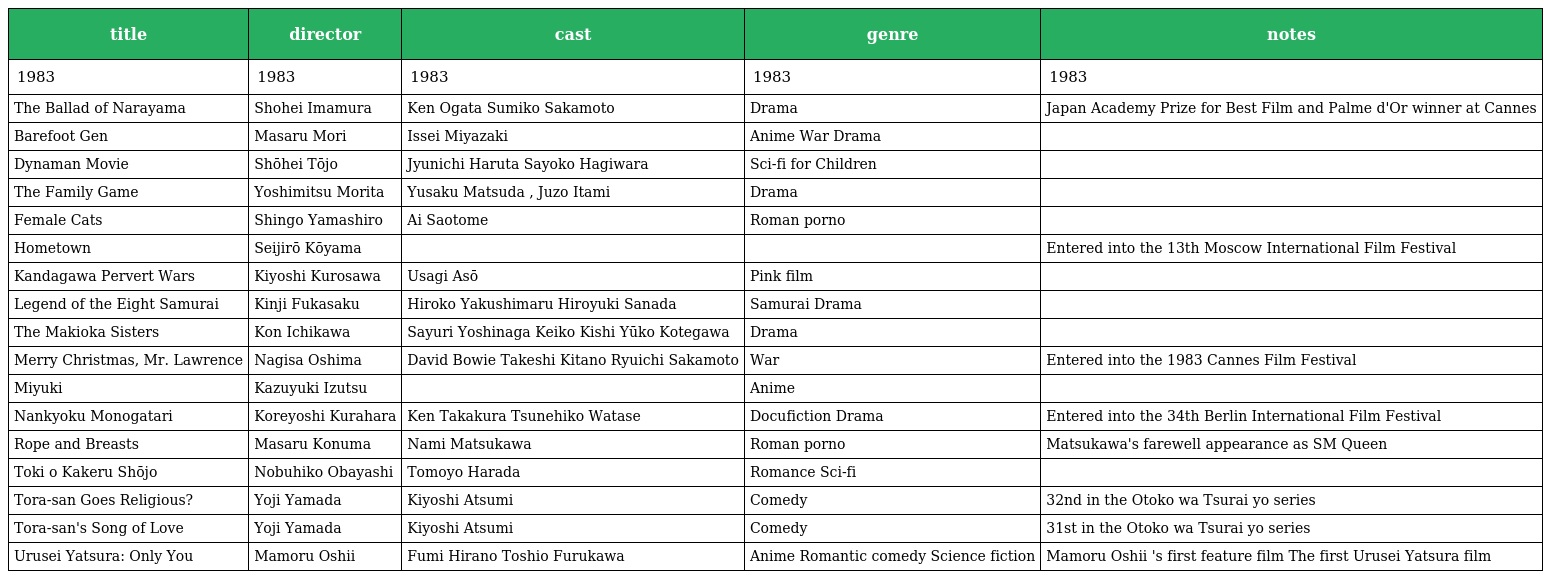
| title | director | cast | genre | notes |
 | --- | --- | --- | --- | --- |
 | 1983 | 1983 | 1983 | 1983 | 1983 |
 | The Ballad of Narayama | Shohei Imamura | Ken Ogata Sumiko Sakamoto | Drama | Japan Academy Prize for Best Film and Palme d'Or winner at Cannes |
 | Barefoot Gen | Masaru Mori | Issei Miyazaki | Anime War Drama |  |
 | Dynaman Movie | Shōhei Tōjo | Jyunichi Haruta Sayoko Hagiwara | Sci-fi for Children |  |
 | The Family Game | Yoshimitsu Morita | Yusaku Matsuda , Juzo Itami | Drama |  |
 | Female Cats | Shingo Yamashiro | Ai Saotome | Roman porno |  |
 | Hometown | Seijirō Kōyama |  |  | Entered into the 13th Moscow International Film Festival |
 | Kandagawa Pervert Wars | Kiyoshi Kurosawa | Usagi Asō | Pink film |  |
 | Legend of the Eight Samurai | Kinji Fukasaku | Hiroko Yakushimaru Hiroyuki Sanada | Samurai Drama |  |
 | The Makioka Sisters | Kon Ichikawa | Sayuri Yoshinaga Keiko Kishi Yūko Kotegawa | Drama |  |
 | Merry Christmas, Mr. Lawrence | Nagisa Oshima | David Bowie Takeshi Kitano Ryuichi Sakamoto | War | Entered into the 1983 Cannes Film Festival |
 | Miyuki | Kazuyuki Izutsu |  | Anime |  |
 | Nankyoku Monogatari | Koreyoshi Kurahara | Ken Takakura Tsunehiko Watase | Docufiction Drama | Entered into the 34th Berlin International Film Festival |
 | Rope and Breasts | Masaru Konuma | Nami Matsukawa | Roman porno | Matsukawa's farewell appearance as SM Queen |
 | Toki o Kakeru Shōjo | Nobuhiko Obayashi | Tomoyo Harada | Romance Sci-fi |  |
 | Tora-san Goes Religious? | Yoji Yamada | Kiyoshi Atsumi | Comedy | 32nd in the Otoko wa Tsurai yo series |
 | Tora-san's Song of Love | Yoji Yamada | Kiyoshi Atsumi | Comedy | 31st in the Otoko wa Tsurai yo series |
 | Urusei Yatsura: Only You | Mamoru Oshii | Fumi Hirano Toshio Furukawa | Anime Romantic comedy Science fiction | Mamoru Oshii 's first feature film The first Urusei Yatsura film |